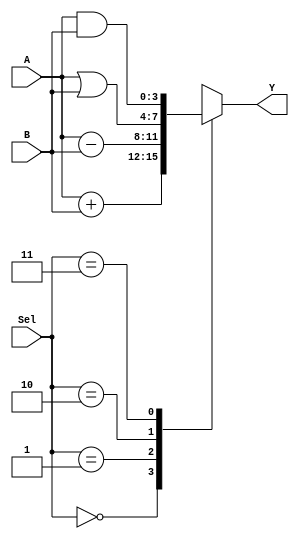
`timescale 1ns / 1ps
//////////////////////////////////////////////////////////////////////////////////
// Company: 
// Engineer: 
// 
// Design Name: 
// Module Name: ALU
// Project Name: 
// Target Devices: 
// Tool Versions: 
// Description: 
// 
// Dependencies: 
// 
// Revision:
// Revision 0.01 - File Created
// Additional Comments:
// 
//////////////////////////////////////////////////////////////////////////////////


module ALU(
    input [3:0] A,
    input [3:0] B,
    input [1:0] Sel,
    output [3:0] Y
    );
    
    reg[3:0] H;
    assign Y = H;
    always @(A or B or Sel)

        begin
		
			case(Sel)
			2'b00: H = A + B;
			2'b01: H = A - B;
			2'b10: H = A | B;
			2'b11: H = A & B;
			endcase
			

        
        end    
    
endmodule